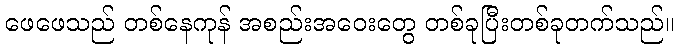
ဖေဖေသည် တစ်နေကုန် အစည်းအဝေးတွေ တစ်ခုပြီးတစ်ခုတက်သည်။